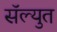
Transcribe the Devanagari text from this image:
सॅल्युत